38_143685_box_Incident_Summaries_173-233
Agency: Department of War
Page 7
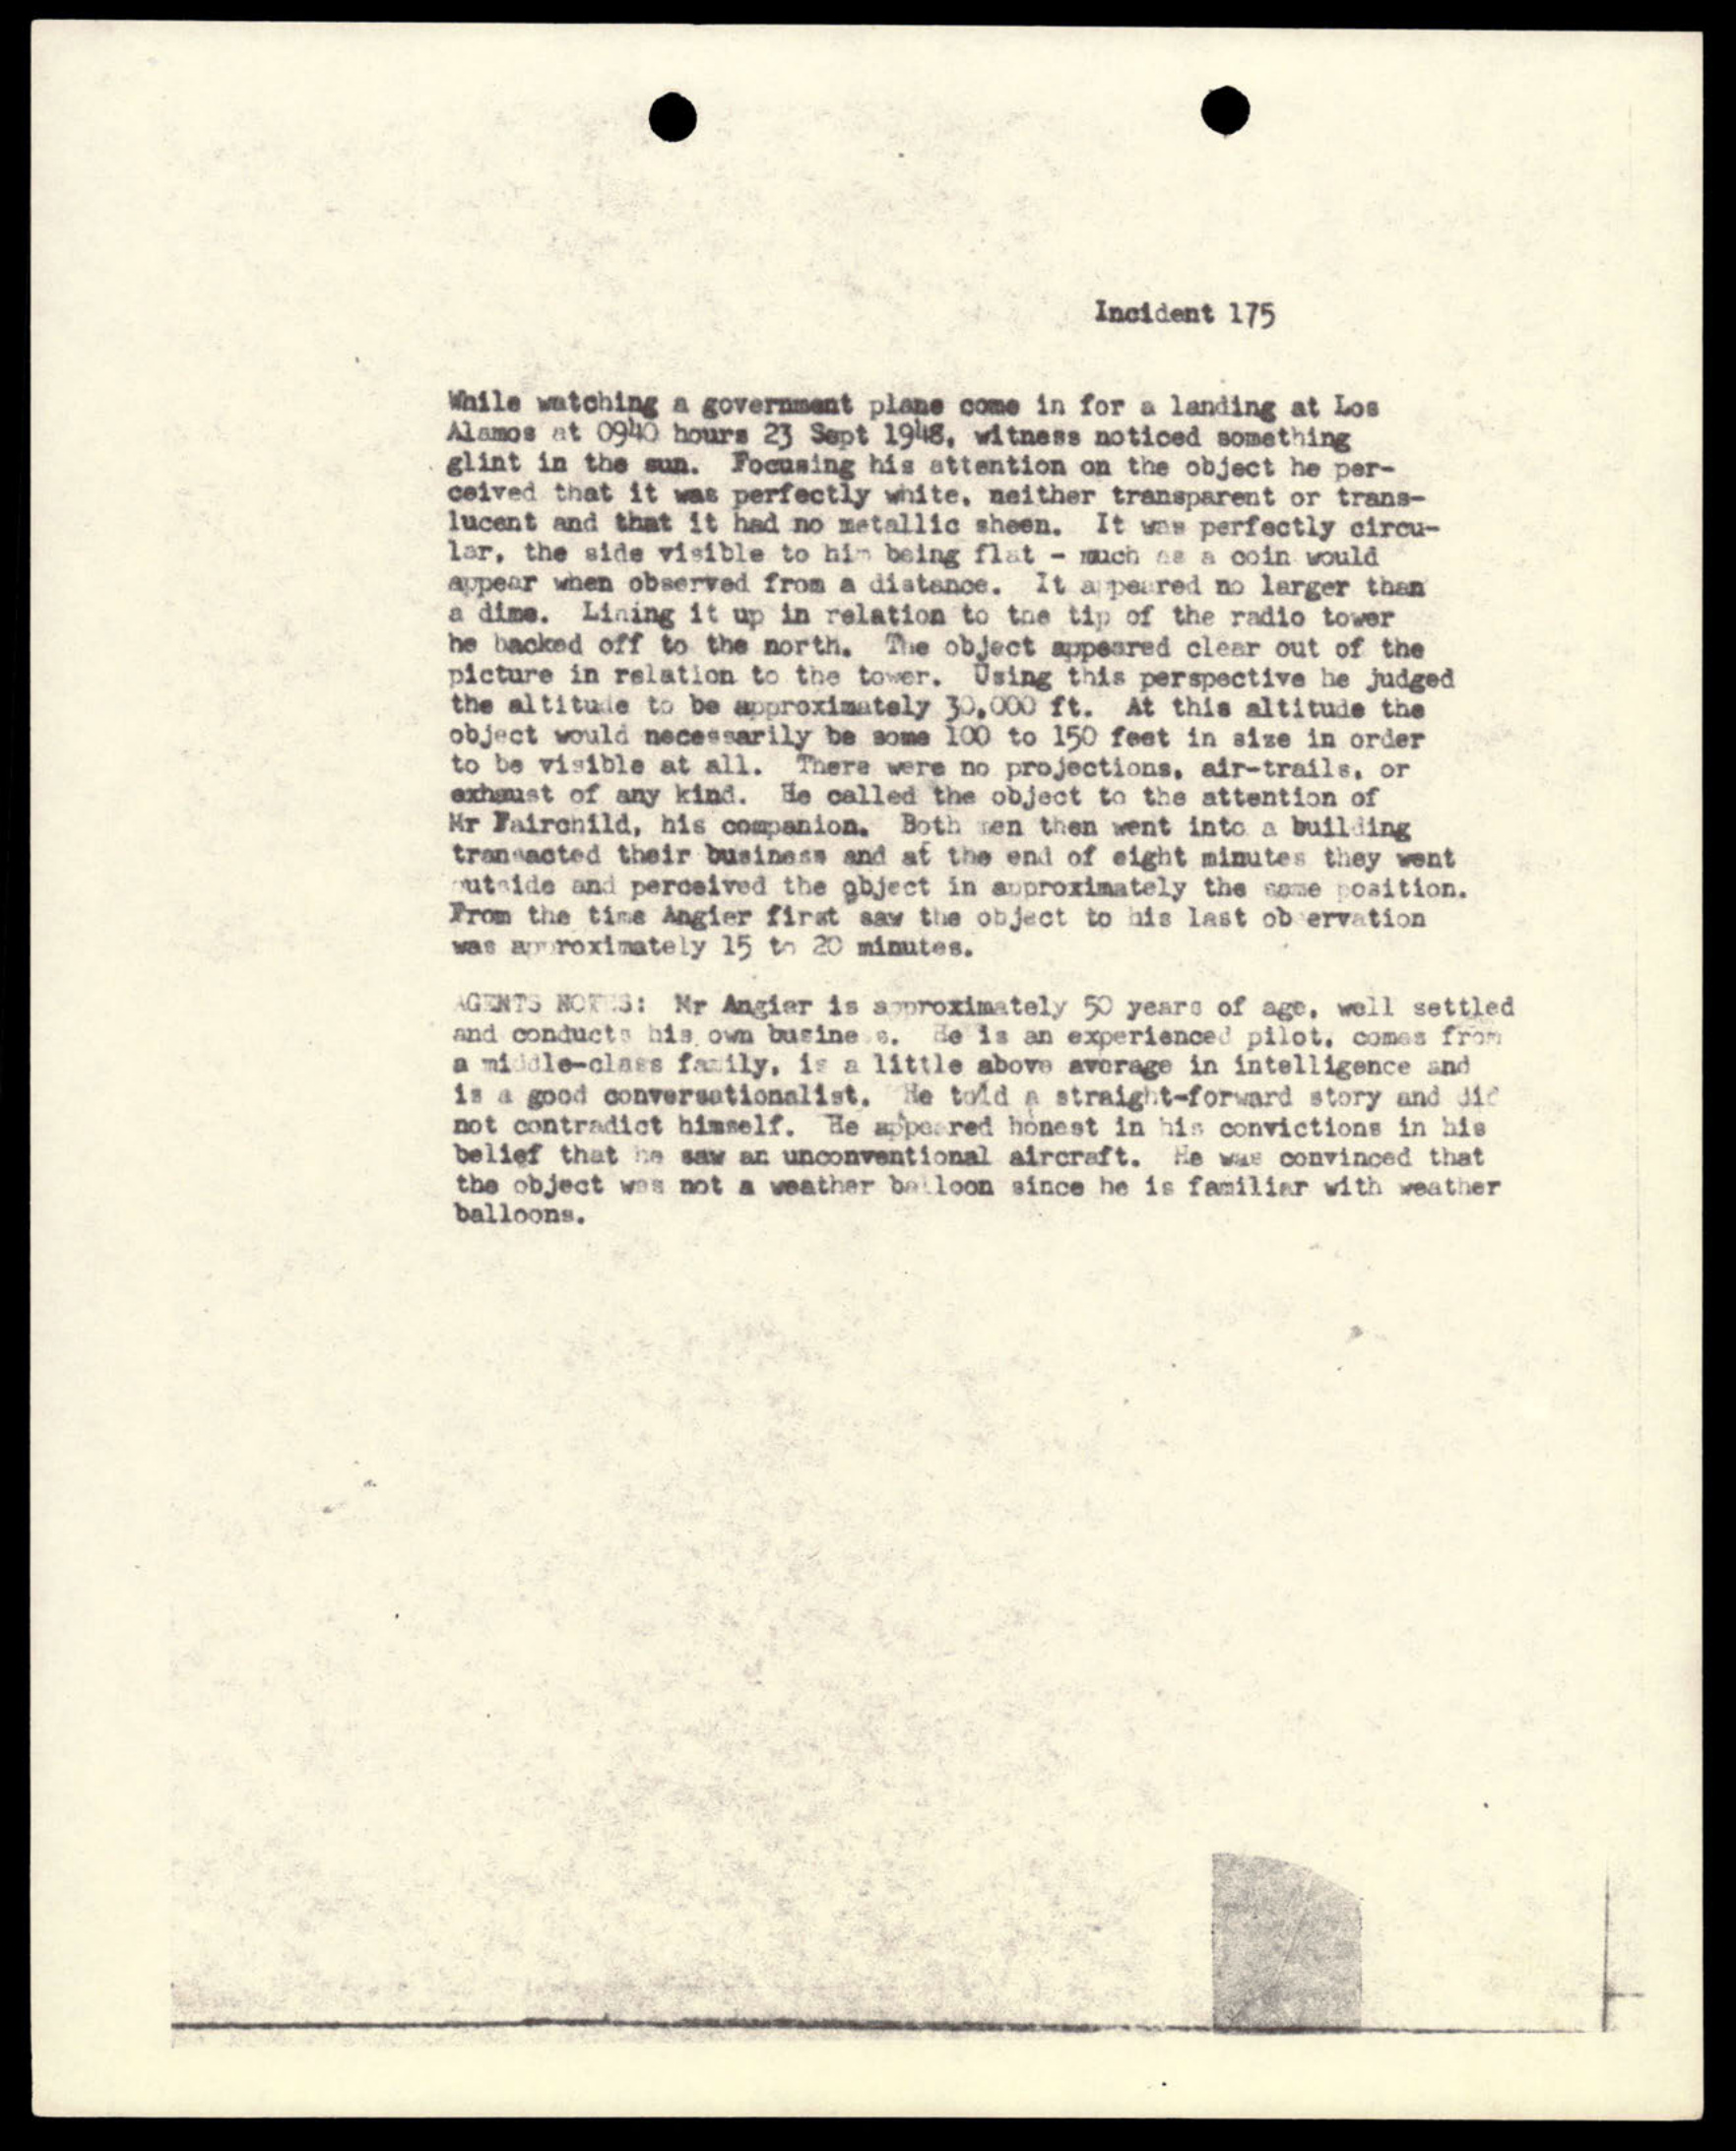